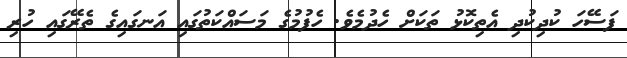
ފަސޭހަ ކުދިކުދި އެތިކޮޅު ތަކަށް ހެދުމެވެ. ހެފުމުގެ މަސައްކަތުގައި އަނގައިގެ ތެރޭގައި ހުރި